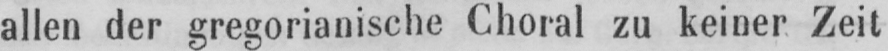
allen der gregorianische Choral zu keiner Zeit